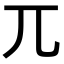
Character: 兀